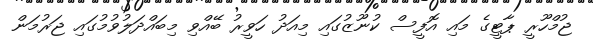
ޖުމްހޫރީ ޕާޓީގެ މައި އޮފީސް ކުނޫޒުގައި މިއަދު ހަވީރު ބޭއްވި މިބައްދަލުވުމުގައި ޖަރުމަން